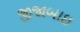
જીજાબાઇ